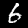
Label: 6